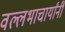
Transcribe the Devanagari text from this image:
वल्लभाचार्यांनी